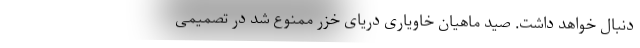
دنبال خواهد داشت. صید ماهیان خاویاری دریای خزر ممنوع شد در تصمیمی